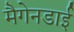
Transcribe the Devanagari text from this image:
मैगेनडाई